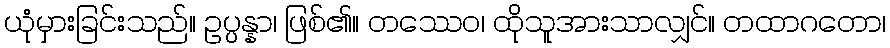
ယုံမှားခြင်းသည်။ ဥပ္ပန္နာ၊ ဖြစ်၏။ တဿေဝ၊ ထိုသူအားသာလျှင်။ တထာဂတော၊